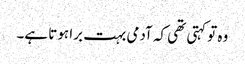
وہ تو کہتی تھی کہ آدمی بہت برا ہوتا ہے۔